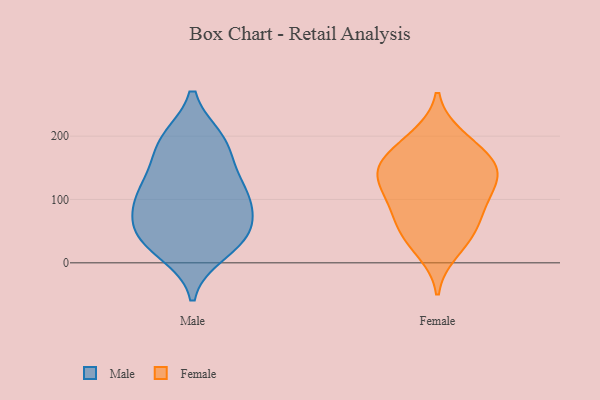
{"axis": {"x": "LTV (USD)", "y": "Value"}, "legend": ["Female", "Male"], "data": [{"x": "", "y": 92, "type": "Male"}, {"x": "", "y": 57, "type": "Male"}, {"x": "", "y": 117, "type": "Male"}, {"x": "", "y": 137, "type": "Male"}, {"x": "", "y": 18, "type": "Male"}, {"x": "", "y": 187, "type": "Male"}, {"x": "", "y": 40, "type": "Male"}, {"x": "", "y": 41, "type": "Male"}, {"x": "", "y": 102, "type": "Male"}, {"x": "", "y": 43, "type": "Male"}, {"x": "", "y": 193, "type": "Male"}, {"x": "", "y": 103, "type": "Male"}, {"x": "", "y": 188, "type": "Male"}, {"x": "", "y": 93, "type": "Female"}, {"x": "", "y": 136, "type": "Female"}, {"x": "", "y": 146, "type": "Female"}, {"x": "", "y": 58, "type": "Female"}, {"x": "", "y": 56, "type": "Female"}, {"x": "", "y": 40, "type": "Female"}, {"x": "", "y": 100, "type": "Female"}, {"x": "", "y": 162, "type": "Female"}, {"x": "", "y": 200, "type": "Female"}, {"x": "", "y": 18, "type": "Female"}, {"x": "", "y": 192, "type": "Female"}, {"x": "", "y": 100, "type": "Female"}, {"x": "", "y": 150, "type": "Female"}, {"x": "", "y": 133, "type": "Female"}, {"x": "", "y": 158, "type": "Female"}]}